Insane asylums Bombay 1873-77 - 1873-1877
Year: 1873
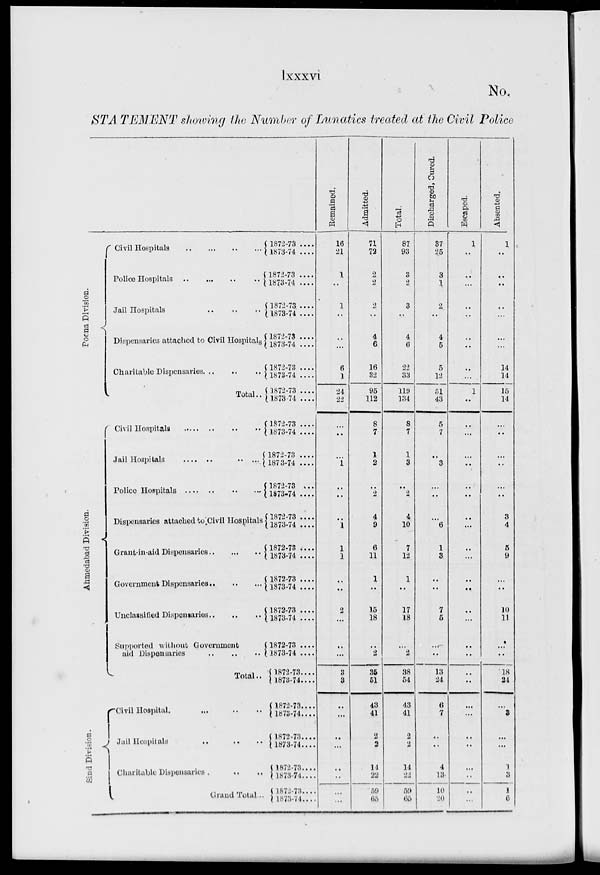
lxxxvi
No.
STATEMENT showing the Number of Lunatics treated at the Civil Police
Poona Division.
Ahmedabad Division.
Sind Division
Civil Hospitals .. .. .. ..
Police Hospitals
..
..
..
..
Jail Hospitals
..
..
..
Dispensaries attached to Civil Hospitals
Charitable Dispensaries .. .. .. ..
Total ..
Civil Hospitals
..
..
..
Jail Hospitals .. .. ..
Police Hospitals .. .. ..
Dispensaries attached to Civil Hospitals
Grant-in-aid Dispensaries
..
..
..
Government Dispensaries .. .. ..
Unclassified Dispensaries
..
..
..
Supported without Government
aid Dispensaries .. .. ..
Total ..
Civil Hospital. .. .. ..
Jail Hospitals .. .. ..
Charitable
Dispensaries.
..
..
Grand Total ..
1872-73 ....
1873-74 ....
1872-73 ....
1873-74 ....
1872-73 ....
1873-74 ....
1872-73 ....
1873-74 ....
1872-73 ....
1873-74 ....
1872-73
....
1873-74 ....
1872-73 ....
1873-74 ....
1872-73 ....
1873-74 ....
1872-73 ...
1873-74 ....
1872-73 ....
1873-74 ....
1872-73 ....
1873-74 ....
1872-73 ....
1873-74 ....
1872-73 ....
1873-74 ....
1872-73 ....
1873-74 ....
1872-73....
1873-74....
1872-73 ....
1873-74 ....
1872-73....
1873-74 ....
1872-73 ....
1873-74 ....
1872-73 ....
1873-74 ...
Remained.
16
21
1
..
1
..
..
..
6
1
24
22
..
..
..
1
..
..
..
1
1
1
..
..
2
..
..
..
3
3
..
..
..
..
..
..
..
..
Admitted.
71
72
2
2
2
..
4
6
16
32
95
112
8
7
1
2
..
2
4
9
6
11
1
..
15
18
..
2
35
51
43
41
2
2
11
22
59
65
Total.
87
93
3
2
3
..
4
6
22
33
119
134
8
7
1
3
..
2
4
10
7
12
1
..
17
18
..
2
38
54
43
41
2
2
14
22
59
65
Discharged, Cured.
37
25
3
1
2
..
4
5
5
12
51
43
5
7
..
3
..
..
..
6
1
3
..
..
7
5
..
..
13
24
6
7
..
..
4
13
10
20
Escaped.
1
..
..
..
..
..
..
..
..
..
1
..
..
..
..
..
..
..
..
..
..
..
..
..
..
..
..
..
..
..
..
..
..
..
..
..
..
..
Absented.
1
..
..
..
..
..
..
..
14
14
15
14
..
..
..
..
..
..
3
4
5
9
..
..
10
11
..
..
18
24
..
3
..
..
1
3
1
6